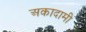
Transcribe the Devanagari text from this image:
अकादामी